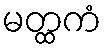
မတ္ထကံ